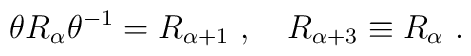
\theta R_\alpha \theta^{-1}=R_{\alpha+1}~,~~~R_{\alpha+3}\equiv R_\alpha~.